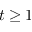
t \ge 1